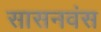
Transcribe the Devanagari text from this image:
सासनवंस